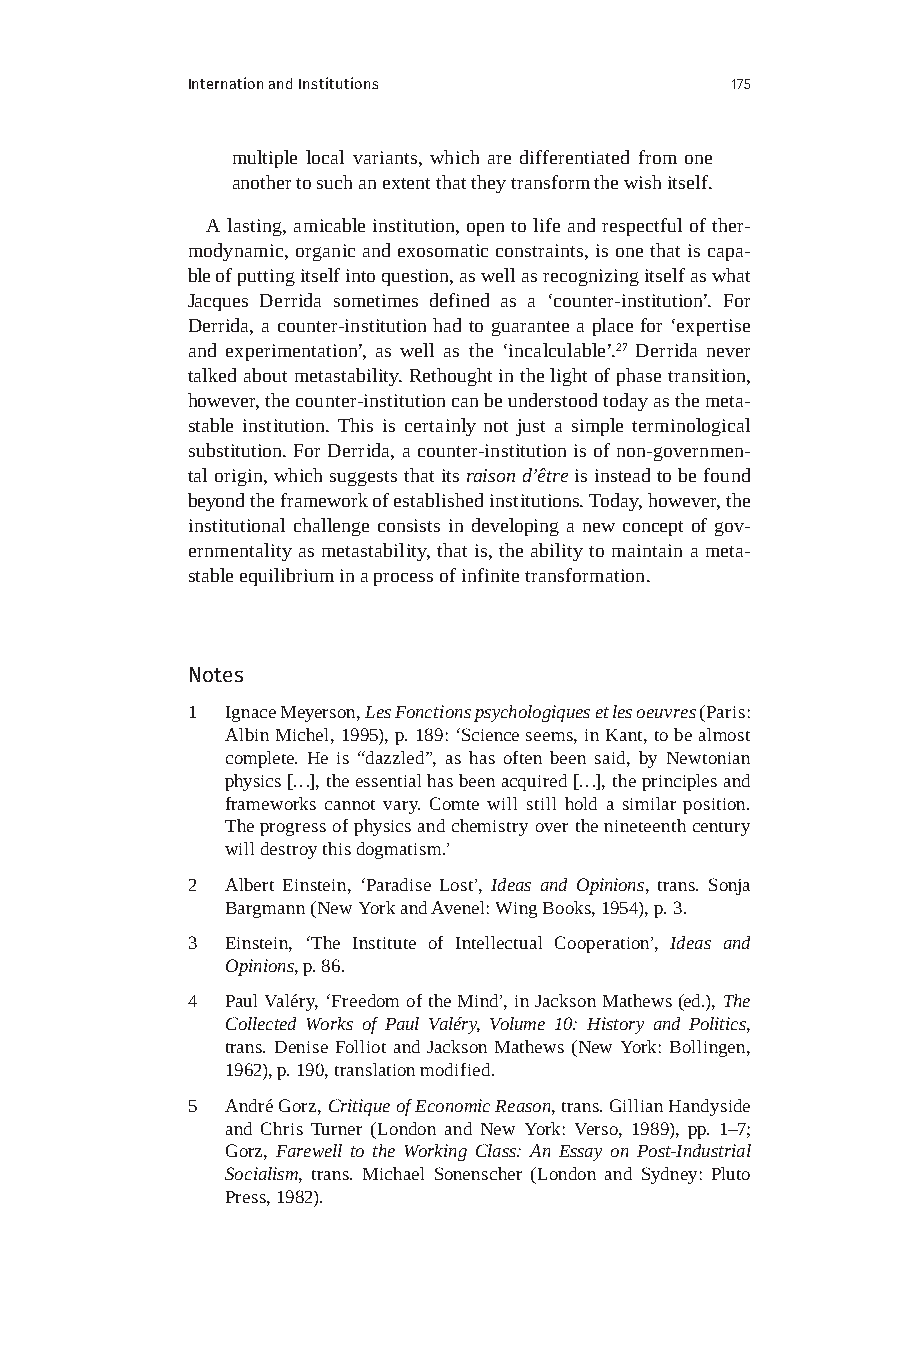
Internation and Institutions        175
 multiple local variants, which are differentiated from one
 another to such an extent that they transform the wish itself.
 A lasting, amicable institution, open to life and respectful of ther-
 modynamic, organic and exosomatic constraints, is one that is capa-
 ble of putting itself into question, as well as recognizing itself as what
 Jacques Derrida sometimes defined as a ‘counter-institution’. For
 Derrida, a counter-institution had to guarantee a place for ‘expertise
 and experimentation’, as well as the ‘incalculable’.27 Derrida never
 talked about metastability. Rethought in the light of phase transition,
 however, the counter-institution can be understood today as the meta-
 stable institution. This is certainly not just a simple terminological
 substitution. For Derrida, a counter-institution is of non-governmen-
 tal origin, which suggests that its raison d’être is instead to be found
 beyond the framework of established institutions. Today, however, the
 institutional challenge consists in developing a new concept of gov-
 ernmentality as metastability, that is, the ability to maintain a meta-
 stable equilibrium in a process of infinite transformation.
 Notes
 1  Ignace Meyerson, Les Fonctions psychologiques et les oeuvres (Paris:
 Albin Michel, 1995), p. 189: ‘Science seems, in Kant, to be almost
 complete. He is “dazzled”, as has often been said, by Newtonian
 physics […], the essential has been acquired […], the principles and
 frameworks cannot vary. Comte will still hold a similar position.
 The progress of physics and chemistry over the nineteenth century
 will destroy this dogmatism.’
 2  Albert Einstein, ‘Paradise Lost’, Ideas and Opinions, trans. Sonja
 Bargmann (New York and Avenel: Wing Books, 1954), p. 3.
 3  Einstein, ‘The Institute of Intellectual Cooperation’, Ideas and
 Opinions, p. 86.
 4  Paul Valéry, ‘Freedom of the Mind’, in Jackson Mathews (ed.), The
 Collected Works of Paul Valéry, Volume 10: History and Politics,
 trans. Denise Folliot and Jackson Mathews (New York: Bollingen,
 1962), p. 190, translation modified.
 5  André Gorz, Critique of Economic Reason, trans. Gillian Handyside
 and Chris Turner (London and New York: Verso, 1989), pp. 1–7;
 Gorz, Farewell to the Working Class: An Essay on Post-Industrial
 Socialism, trans. Michael Sonenscher (London and Sydney: Pluto
 Press, 1982).